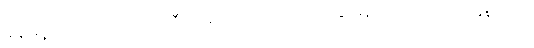
မနှစ်ရဲ့ စက်တင်ဘာလက ဒီကို ရောက်လာတာပါ၊ အခု မြန်မာဘာသာ သင်နေတယ်၊